Indian journal of veterinary science and animal husbandry - Volumes 26-27, 1956-1957
Year: 1956
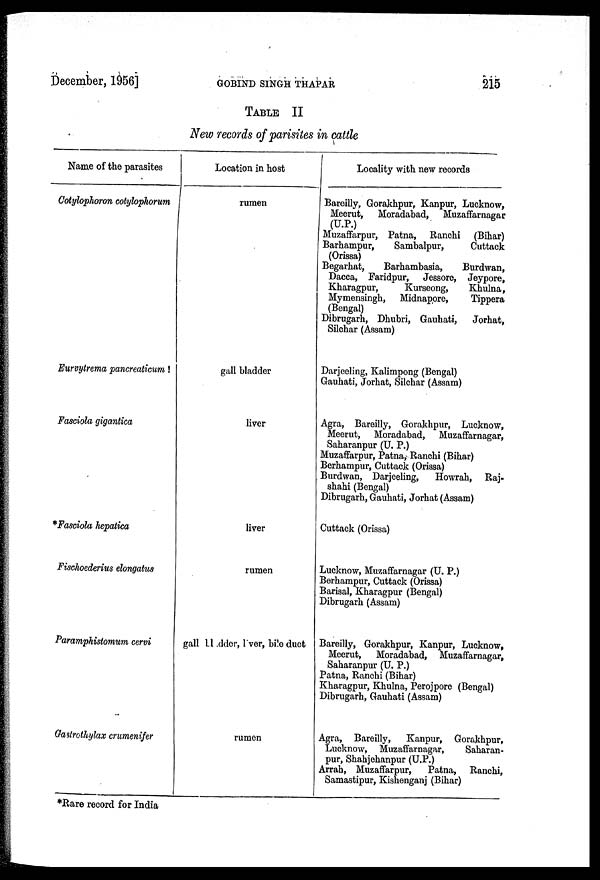
December, 1956]
GOBIND
SINGE
THAPAR
215
TABLE II
New records of parisites in cattle
Name of the parasites
Cotylophoron cotyhphorum
Eurvytrema pancreaticum!
Fasciola gigantica
*Fasciola hepatica
Fischoederius elongatus
Paramphistomum cervi
Gastrothylax crumenifer
Location in host
rumen
gall bladder
liver
liver
rumen
gall bladder, liver, bile duct
rumen
Locality with new records
Bareilly, Gorakhpur, Kanpur, Lucknow,
Meerut,
Moradabad,
Muzaffarnagar
(U.P.)
Muzaffarpur, Patna, Ranchi
(Bihar)
Barhampur,
Sambalpur,
Cuttack
(Orissa)
Begarhat,
Barhambasia,
Burdwan,
Dacca, Faridpur,
Jessore, Jeypore,
Kharagpur,
Kurseong,
Khulna,
Mymensingh,
Midnapore,
Tippera
(Bengal)
Dibrugarh, Dhubri, Gauhati,
Jorhat,
Silchar (Assam)
Darjeeling, Kalimpong (Bengal)
Gauhati, Jorhat, Silchar (Assam)
Agra, Bareilly, Gorakhpur, Lucknow,
Meerut, Moradabad,
Muzaffarnagar,
Saharanpur (U. P.)
Muzaffarpur, Patna, Ranchi (Bihar)
Berhampur, Cuttack (Orissa)
Burdwan, Darjeeling,
Howrah, Raj-
shahi (Bengal)
Dibrugarh, Gauhati, Jorhat (Assam)
Cuttack (Orissa)
Lucknow, Muzaffarnagar (U. P.)
Berhampur, Cuttack (Orissa)
Barisal, Kharagpur (Bengal)
Dibrugarh (Assam)
Bareilly, Gorakhpur, Kanpur, Lucknow,
Meerut,
Moradabad,
Muzaffarnagar,
Saharanpur (U. P.)
Patna, Ranchi (Bihar)
Kharagpur, Khulna, Perojpore (Bengal)
Dibrugarh, Gauhati (Assam)
Agra, Bareilly,
Kanpur, Gorakhpur,
Lucknow, Muzaffarnagar,
Saharan-
pur, Shahjehanpur (U.P.)
Arrah, Muzaffarpur,
Patna, Ranchi,
Samastipur, Kisnenganj (Bihar)
*Rare record for India